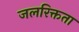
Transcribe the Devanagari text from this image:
जलरिक्तता